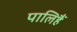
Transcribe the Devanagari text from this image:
पालिहैं